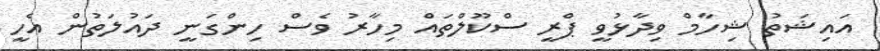
އައިޝަތު ޝިހާމް ވިދާޅުވީ ޕްރީ ސްކޫލްތައް މިހާރު ވެސް ހިންގަނީ ދައުލަތުން އެހީ